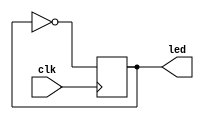
module button(
    input clk,
    output reg led
    );
    initial begin
        led = 1'b0;
    end
    always @ (posedge clk)
        if (clk)
            led <= ~led;
endmodule
module FA_merge(
            input [15:0] In,
            input Sel,
            input CIn,
            output [15:0] SumOut,
            output COut_16,
            output CIn_Status
            );
            
    wire [15:0] temp0;
    wire [15:0] temp1;
    wire bSel;
    wire bIn;
    
    button b (.clk(Sel), .led(bSel));
    button c (.clk(CIn), .led(bIn));

    dmux I(.dsel(bSel), .in(In), .out0(temp0), .out1(temp1));
    assign CIn_Status = bIn;    
    full_adder_16 J (.CInput(bIn), .InputA_n(temp0), .InputB_n(temp1), .SumOutput_n(SumOut), .COutput_n(COut_16));

endmodule